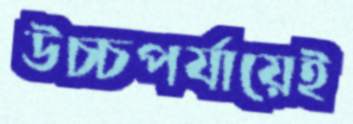
উচ্চপর্যায়েই